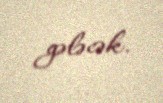
gələcək.